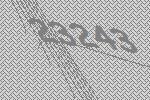
23243